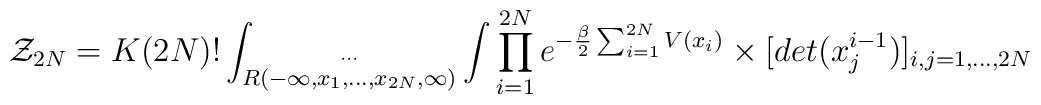
{\cal Z}_{2N} = K (2N)! \int _{\stackrel{\cdots }{R(-\infty,x_1,\ldots,x_{2N},\infty)}} \int \prod _{i=1}^{2N}e^{-\frac{\beta }{2}\sum _{i=1}^{2N} V(x_i)}\times[det (x_j^{i-1})]_{i,j=1,\ldots ,2N}